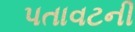
પતાવટની